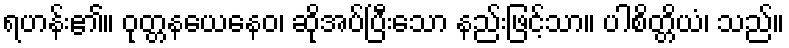
ရဟန်း၏။ ဝုတ္တနယေနေဝ၊ ဆိုအပ်ပြီးသော နည်းဖြင့်သာ။ ပါစိတ္တိယံ၊ သည်။